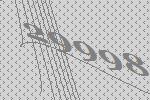
29998